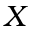
X